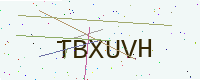
Text: TBXUVH